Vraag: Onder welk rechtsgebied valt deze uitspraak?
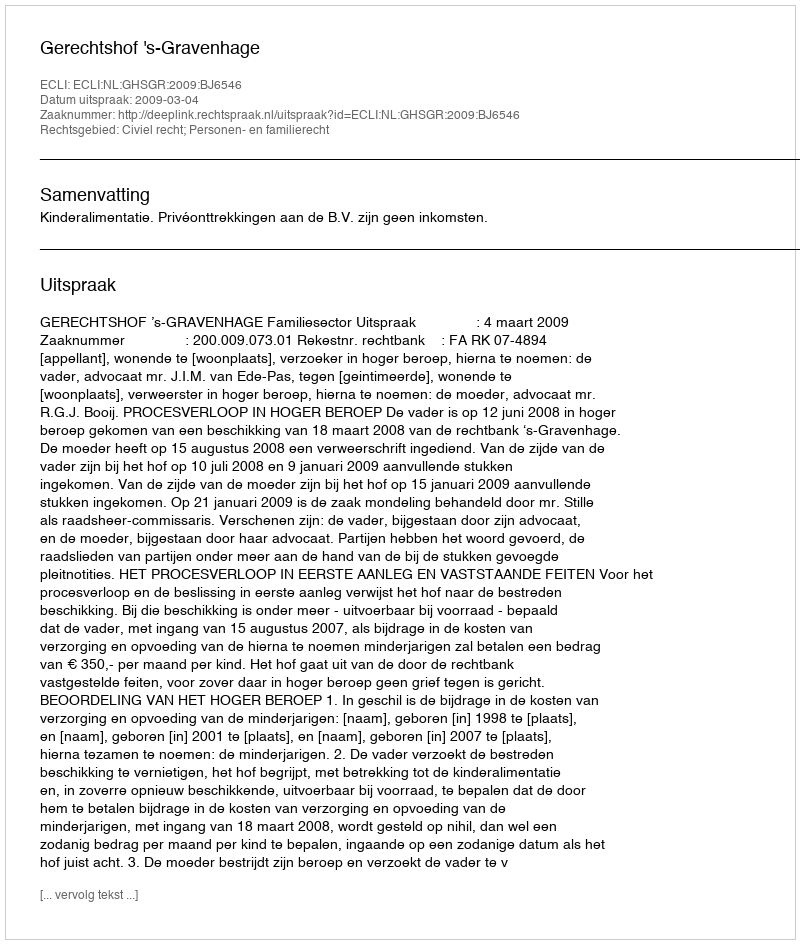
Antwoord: Civiel recht; Personen- en familierecht